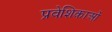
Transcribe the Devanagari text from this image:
प्रवेशिकाओं